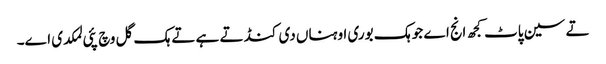
تے سین پاٹ کجھ انج اے جو ہک بوری اوہناں دی کنڈ تے ہے تے ہک گل وچ پئی لمکدی اے۔